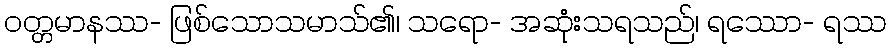
ဝတ္တမာနဿ- ဖြစ်သောသမာသ်၏၊ သရော- အဆုံးသရသည်၊ ရဿော- ရဿ